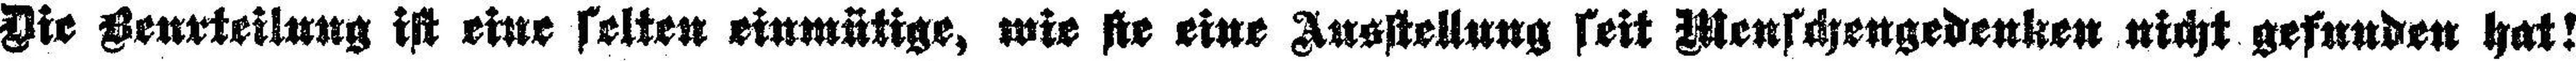
Die Beurteilung ist eine selten einmütige, wie sie eine Ausstellung seit Menschengedenken nicht gefunden hat !